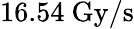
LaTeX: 16.54~\mathrm{Gy/s}